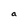
Character: a